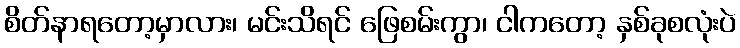
စိတ်နာရတော့မှာလား၊ မင်းသိရင် ဖြေစမ်းကွာ၊ ငါကတော့ နှစ်ခုစလုံးပဲ